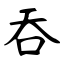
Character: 吞